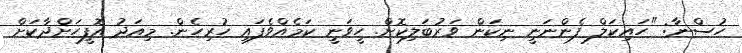
ހުސްނާ: "ހައިކަލް ފެންނަނީ ނިކަން ވަރުބަލިކޮށް. ހީވަނީ ކަމެއްވެފައި ހުރިހެން. މިއަދު އޮފީހަށްދާކަށް